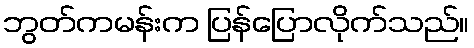
ဘွတ်ကမန်းက ပြန်ပြောလိုက်သည်။